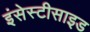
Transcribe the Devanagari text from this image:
इंसेस्टीसाइड